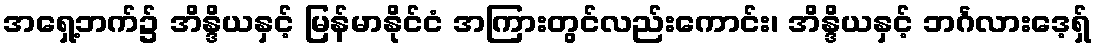
အရှေ့ဘက်၌ အိန္ဒိယနှင့် မြန်မာနိုင်ငံ အကြားတွင်လည်းကောင်း၊ အိန္ဒိယနှင့် ဘင်္ဂလားဒေ့ရှ်